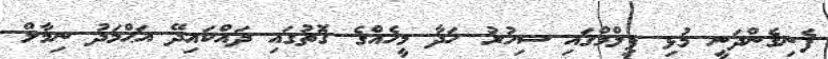
ފެނިގެންދަނީ މުޅި ފިލްމްގައި ސިހުރު ހަދާ މީހެއްގެ ގޮތުގައި ދައްކައިދޭ އަޙްމަދު ނިމާލް